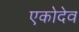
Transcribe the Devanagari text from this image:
एकोदेव